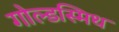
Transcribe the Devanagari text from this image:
गोल्‍डस्‍मिथ